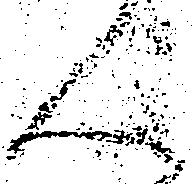
人